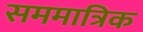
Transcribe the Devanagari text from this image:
सममात्रिक